Indian journal of veterinary science and animal husbandry - Volumes 15-17, 1948-1951
Year: 1948
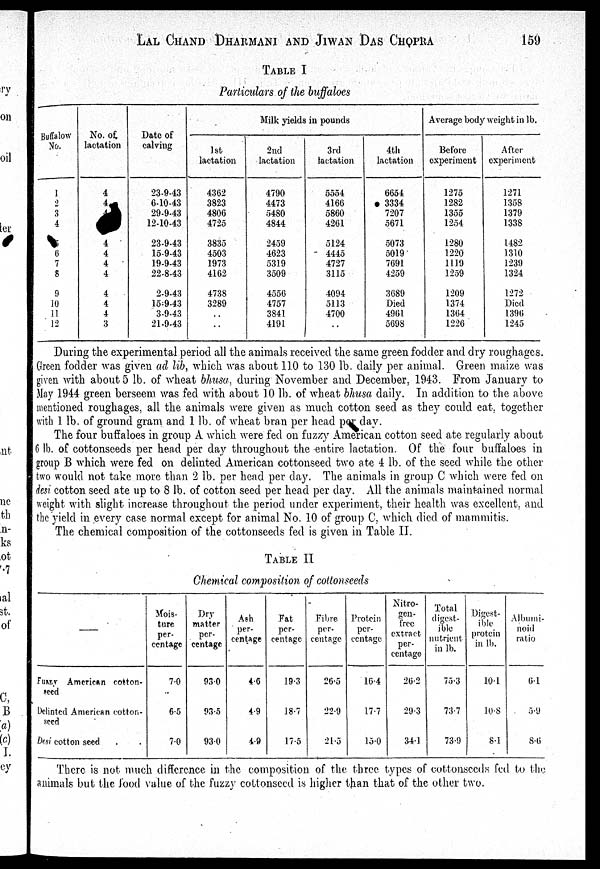
LAL CHAND DHARMANI AND JIWAN DAS CHOPRA 159
TABLE I
Particulars of the buffaloes
Buffalow
No.
1
2
3
4
6
7
8
9
10
11
12
No. of.
lactation
4
4
4
4
4
4
4
4
4
3
Date of
calving
23-9-43
6-10-43
29-9-43
12-10-43
23-9-43
15-9-43
19-9-43
22-8-43
2-9-43
15-9-43
3-9-43
21-9-43
1st
lactation
4362
3823
4806
4725
3835
4503
1973
4162
4738
3289
. .
. .
Milk yields in pounds
2nd
lactation
4790
4473
5480
4844
2459
4623
5319
3509
4556
4757
3841
4191
3rd
lactation
5554
4166
5860
4261
5124
4445
4727
3115
4094
5113
4700
. .
4th
lactation
6654
3334
7207
5671
5073
5019
7691
4259
3689
Died
4961
5698
Average body weight in lb.
Before
experiment
1275
1282
1355
1254
1280
1220
1119
1259
1209
1374
1364
1226
After
experiment
1271
1358
1379
1338
1482
1310
1239
1324
1272
Died
1396
1245
During the experimental period all the animals received the same green fodder and dry roughages.
Green fodder was given ad lib, which was about 110 to 130 lb. daily per animal. Green maize was
given with about 5 lb. of wheat bhusa, during November and December. 1943. From January to
May 1944 green berseem was fed with about 10 lb). of wheat bhusa daily. In addition to the above
mentioned roughages, all the animals were given as much cotton seed as they could eat, together
with 1 lb. of ground gram and 1 lb. of wheat bran per head p day.
The four buffaloes in group A which were fed on fuzzy American cotton seed ate regularly about
6 lb. of cottonseeds per head per day throughout the entire lactation. Of the four buffaloes in
group B which were fed on delinted American cottonseed two ate 4 lb. of the seed while the other
two would not take more than 2 lb. per head per day. The animals in group C which were fed on
desi cotton seed ate up to 8 lb. of cotton seed per head per day. All the animals maintained normal
weight with slight increase throughout the period under experiment, their health was excellent, and
the yield in every case normal except for animal No. 10 of group C, which died of mammitis.
The chemical composition of the cottonseeds fed is given in Table II.
TABLE II
Chemical composition of cottonseeds
–
Fuzzy American cotton-
seed
Delinted American cotton-
seed
Desi cotton seed . .
Mois-
ture
per-
centage
7.0
6.5
7.0
Dry
matter
per-
centage
93.0
93.5
93.0
Ash
per-
centage
4.6
4.9
4.9
Fat
per-
centage
19.3
18.7
17.5
Fibre
per-
centage
26.5
22.9
21.5
Protein
per-
centage
16.4
17.7
15.0
Nitro-
gen-
free
extract
per-
centage
26.2
29.3
34.1
Total
digest-
ible
nutrient
in lb.
75.3
73.7
73.9
Digest-
ible
protein
in lb.
10.1
10.8
8.1
Albumi-
noid
ratio
6.1
5.9
8.6
There is not much difference in the composition of the three types of cottonseeds fed to the
animals but the food value of the fuzzy cottonseed is higher than that of the other two.